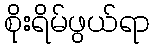
စိုးရိမ်ဖွယ်ရာ